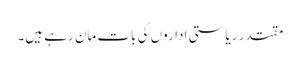
مقتدر ریاستی اداروں کی بات مان رہے ہیں۔